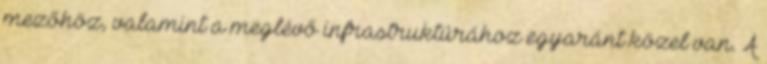
mezőhöz, valamint a meglévő infrastruktúrához egyaránt közel van. A